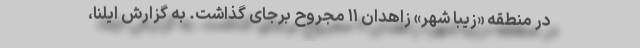
در منطقه «زیبا شهر» زاهدان ۱۱ مجروح برجای گذاشت. به گزارش ایلنا،